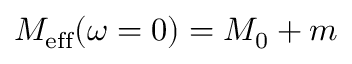
M _ { \mathrm { e f f } } ( \omega = 0 ) = M _ { 0 } + m